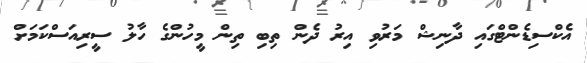
އެކްސިޑެންޓްގައި ދާނިޝް މަރުވި އިރު ދެން ތިބި ތިން މީހުންގެ ހާލު ސީރިއަސްކަމަށް